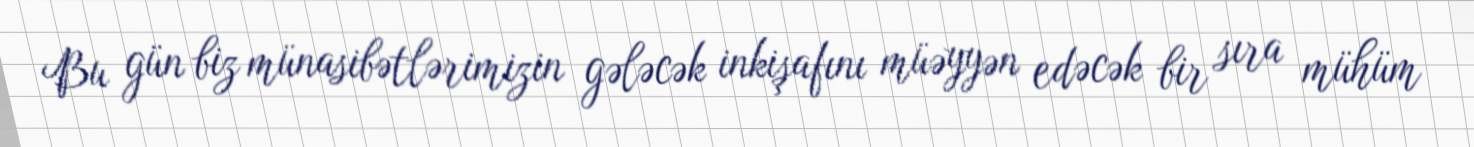
Bu gün biz münasibətlərimizin gələcək inkişafını müəyyən edəcək bir sıra mühüm